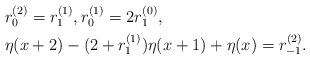
LaTeX: \begin{align*} &r_0^{(2)}=r_1^{(1)},r_0^{(1)}=2r_1^{(0)}, \\ &\eta(x+2)-(2+r_1^{(1)})\eta(x+1)+\eta(x)=r_{-1}^{(2)}. \end{align*}